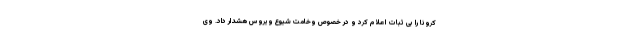
کرونا را بی ثبات اعلام کرد و در خصوص وخامت شیوع ویروس هشدار داد. وی